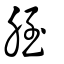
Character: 胵